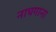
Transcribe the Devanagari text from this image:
नाचगाना